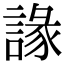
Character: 䛹